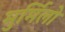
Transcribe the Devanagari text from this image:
मुर्मिलो